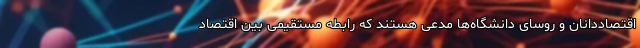
اقتصاددانان و روسای دانشگاه‌ها مدعی هستند که رابطه مستقیمی بین اقتصاد